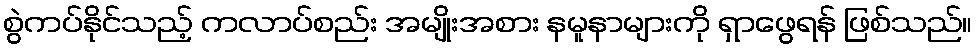
စွဲကပ်နိုင်သည့် ကလာပ်စည်း အမျိုးအစား နမူနာများကို ရှာဖွေရန် ဖြစ်သည်။